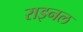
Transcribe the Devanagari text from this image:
राइनल